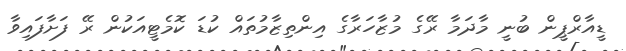
ޑީއާރްޕީން ބުނީ މާދަމާ ރޭގެ މުޒާހަރާގެ އިންތިޒާމުތައް ކުޑަ ކޮމެޓީއަކުން ރޭ ފަށާފައިވާ